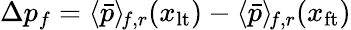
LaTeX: \Delta p_{f}=\langle\bar{p}\rangle_{\! f,r}(x_{\mathrm{lt}})-\langle\bar{p}\rangle_{\! f,r}(x_{\mathrm{ft}})